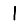
Digit: 1